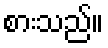
စားသည်။